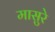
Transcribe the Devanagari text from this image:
मासुरे